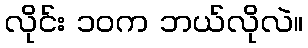
လိုင်း ၁၀က ဘယ်လိုလဲ။